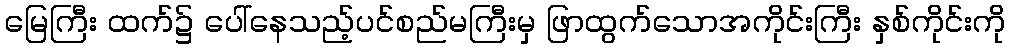
မြေကြီး ထက်၌ ပေါ်နေသည့်ပင်စည်မကြီးမှ ဖြာထွက်သောအကိုင်းကြီး နှစ်ကိုင်းကို